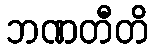
ဘဏတီတိ